Lunatic asylums Punjab 1881-1894 - 1881-1894
Year: 1881
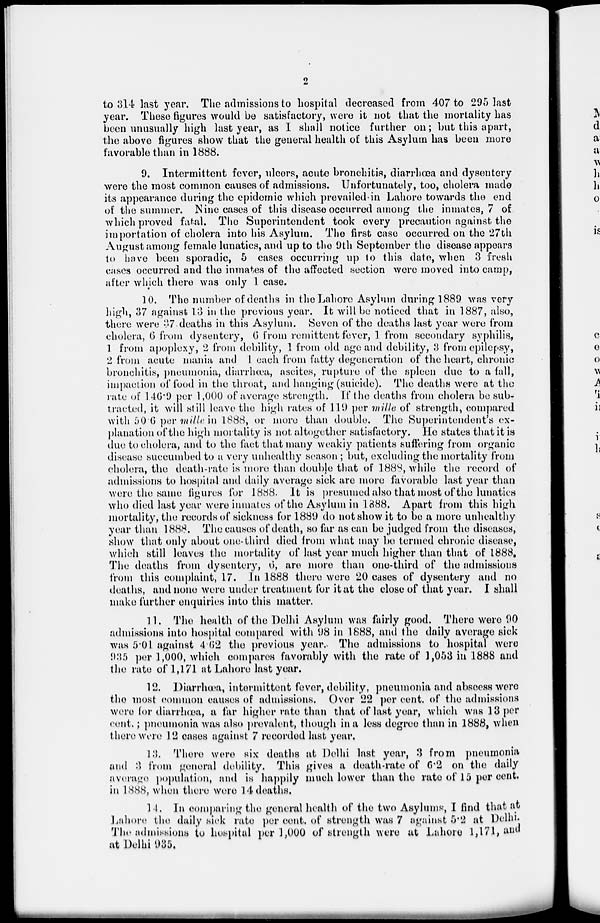
2
to 314 last year. The admissions to hospital decreased from 407 to 295 last
year. These figures would be satisfactory, were it not that the mortality has
been unusually high last year, as I shall notice further on; but this apart,
the above figures show that the general health of this Asylum has been more
favorable than in 1888.
9. Intermittent fever, ulcers, acute bronchitis, diarrhœa and dysentery
were the most common causes of admissions. Unfortunately, too, cholera made
its appearance during the epidemic which prevailed in Lahore towards the end
of the summer. Nine cases of this disease occurred among the inmates, 7 of
which proved fatal. The Superintendent took every precaution against the
importation of cholera into his Asylum. The first case occurred on the 27th
August among female lunatics, and up to the 9th September the disease appears
to have been sporadic, 5 cases occurring up to this date, when 3 fresh
cases occurred and the inmates of the affected section were moved into camp,
after which there was only 1 case.
10. The number of deaths in the Lahore Asylum during 1889 was very
high, 37 against 13 in the previous year. It will be noticed that in 1887, also,
there were 37 deaths in this Asylum. Seven of the deaths last year were from
cholera, 6 from dysentery, 6 from remittent fever, 1 from secondary syphilis,
1 from apoplexy, 2 from debility, 1 from old age and debility, 3 from epilepsy,
2 from acute mania and 1 each from fatty degeneration of the heart, chronic
bronchitis, pneumonia, diarrhœa, ascites, rupture of the spleen due to a fall,
impaction of food in the throat, and hanging (suicide). The deaths were at the
rate of 146.9 per 1,000 of average strength. If the deaths from cholera be sub-
tracted, it will still leave the high rates of 119 per mille of strength, compared
with 50 6 per mille in 1888, or more than double. The Superintendent's ex-
planation of the high mortality is not altogether satisfactory. He states that it is
due to cholera, and to the fact that many weakly patients suffering from organic
disease succumbed to a very unhealthy season ; but, excluding the mortality from
cholera, the death-rate is more than double that of 1888, while the record of
admissions to hospital and daily average sick are more favorable last year than
were the same figures for 1888. It is presumed also that most of the lunatics
who died last year were inmates of the Asylum in 1888. Apart from this high
mortality, the records of sickness for 1889 do not show it to be a more unhealthy
year than 1888. The causes of death, so far as can be judged from the diseases,
show that only about one-third died from what may be termed chronic disease,
which still leaves the mortality of last year much higher than that of 1888.
The deaths from dysentery, 6, are more than one-third of the admissions
from this complaint, 17. In 1888 there were 20 cases of dysentery and no
deaths, and none were under treatment for it at the close of that year. I shall
make further enquiries into this matter.
11. The health of the Delhi Asylum was fairly good. There were 90
admissions into hospital compared with 98 in 1888, and the daily average sick
was 5.01 against 4.62 the previous year.. The admissions to hospital were
935 per 1,000, which compares favorably with the rate of 1,053 in 1888 and
the rate of 1,171 at Lahore last year.
12. Diarrhœa, intermittent fever, debility, pneumonia and abscess were
the most common causes of admissions. Over 22 per cent. of the admissions
were for diarrhœa, a far higher rate than that of last year, which was 13 per
cent.; pneumonia was also prevalent, though in a less degree than in 1888, when
there were 12 cases against 7 recorded last year.
13. There were six deaths at Delhi last year, 3 from pneumonia
and 3 from general debility. This gives a death-rate of 6.2 on the daily
average population, and is happily much lower than the rate of 15 per cent.
in 1888, when there were 14 deaths.
14. In comparing the general health of the two Asylums, I find that at
Lahore the daily sick rate per cent. of strength was 7 against 5.2 at Delhi.
The admissions to hospital per 1,000 of strength were at Lahore 1,171, and
at Delhi 935.